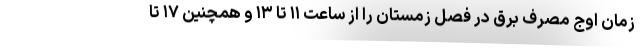
زمان اوج مصرف برق در فصل زمستان را از ساعت ۱۱ تا ۱۳ و همچنین ۱۷ تا